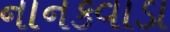
નાનકવાડા